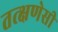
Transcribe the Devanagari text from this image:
तत्क्षणेसी